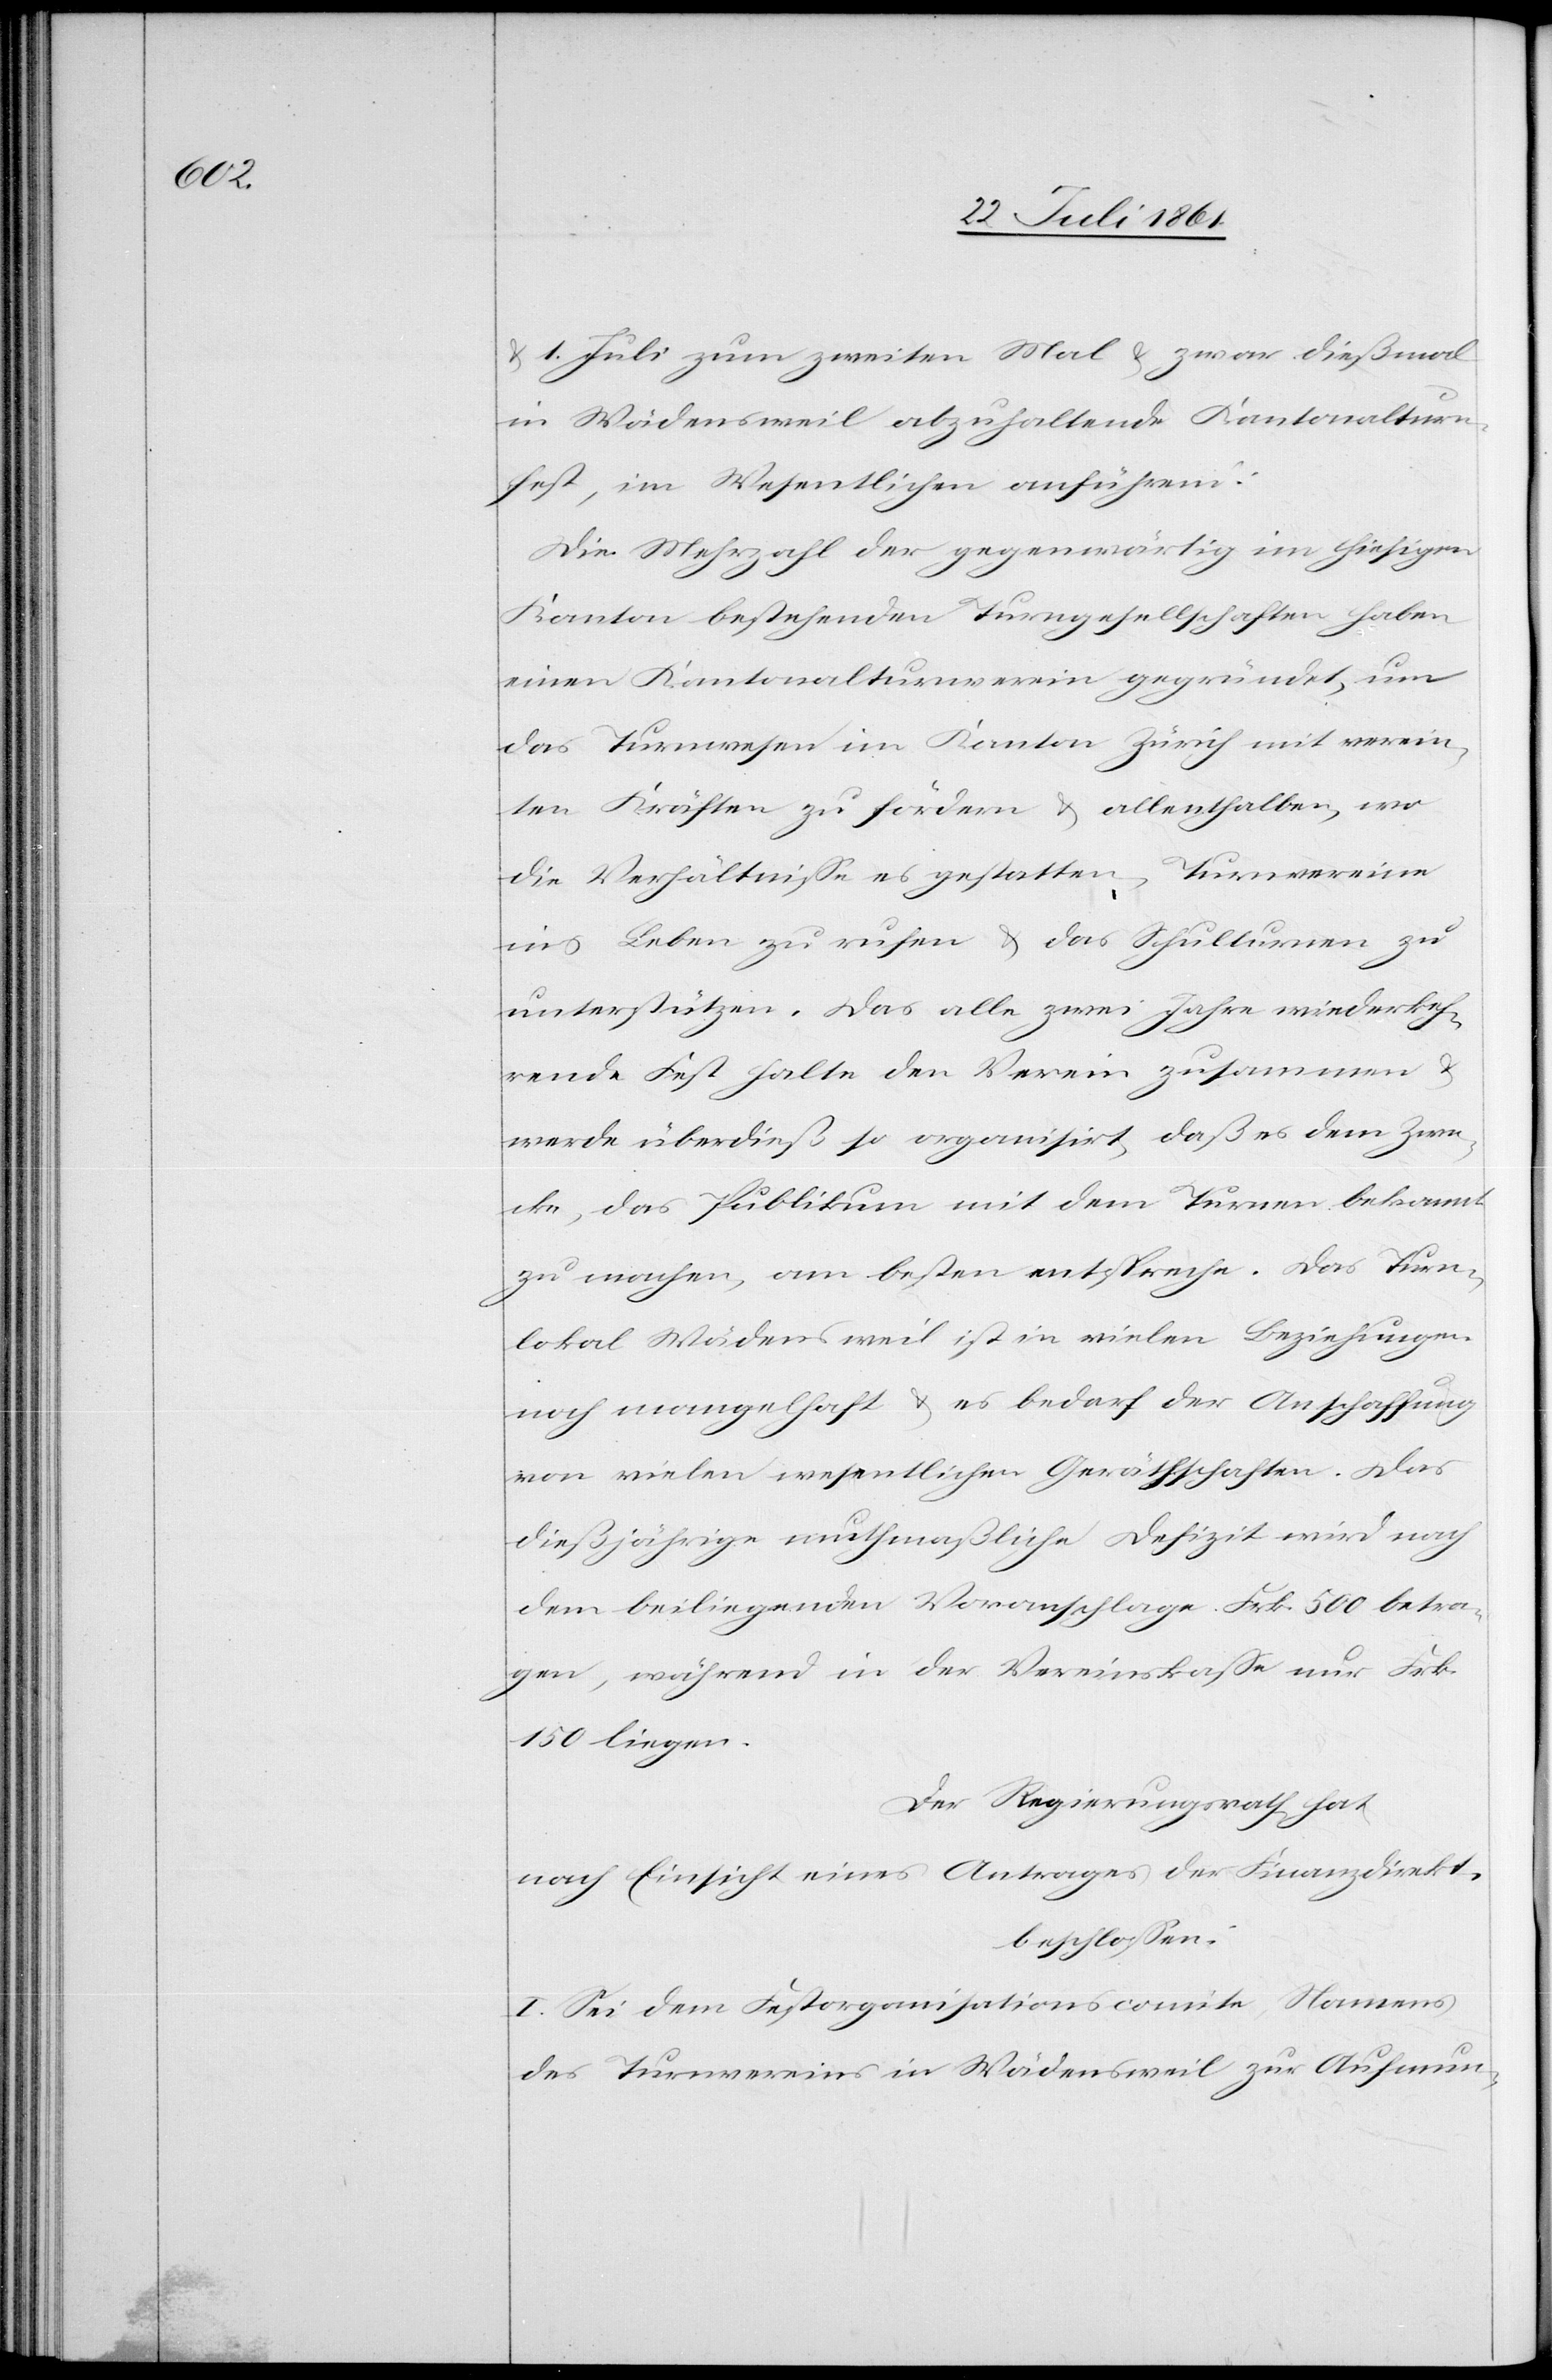
ion,

u. 1. Juli zum zweiten Mal u. zwar dießmal
in Wädensweil abzuhaltende Kantonalturn¬
fest, im Wesentlichen anführend:
Die Mehrzahl der gegenwärtig im hiesigen
Kanton bestehenden Turngesellschaften haben
einen Kantonalturnverein gegründet, um
das Turnwesen im Kanton Zürich mit verein¬
ten Kräften zu fördern u. allenthalben, wo
die Verhältnisse es gestatten, Turnvereine
ins Leben zu rufen u. das Schulturnen zu
unterstützen. Das alle zwei Jahre wiederkeh¬
rende Fest halte den Verein zusammen u.
werde überdieß so organisirt, daß es dem Zwe¬
cke, das Publikum mit dem Turnen bekannt
zu machen, am besten entspreche. Das Turn¬
lokal Wädensweil ist in vielen Beziehungen
noch mangelhaft u. es bedarf der Anschaffung
von vielen wesentlichen Geräthschaften. Das
dießjährige muthmaßliche Defizit wird nach
dem beiliegenden Voranschlage Frk. 500 betra¬
gen, während in der Vereinskasse nur Frk.
150 liegen.
Der Regierungsrath hat
nach Einsicht eines Antrages der Finanzdirekt¬
beschlossen:
I. Sei dem Festorganisationscomite, Namens
des Turnvereins in Wädensweil zur Aufmun-